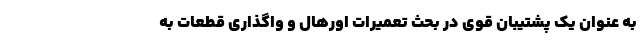
به عنوان یک پشتیبان قوی در بحث تعمیرات اورهال و واگذاری قطعات به